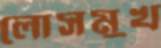
লোসমুখ